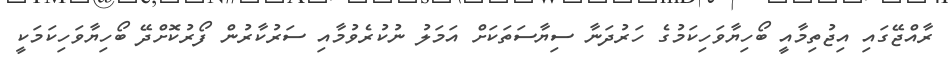
ރާއްޖޭގައި އިޖުތިމާއީ ބޯހިޔާވަހިކަމުގެ ހަރުދަނާ ސިޔާސަތަކަށް އަމަލު ނުކުރެވުމާއި ސަރުކާރުން ފޯރުކޮށްދޭ ބޯހިޔާވަހިކަމަކީ